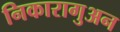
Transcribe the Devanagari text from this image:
निकारागुअन